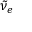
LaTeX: { \tilde { \nu } } _ { e }